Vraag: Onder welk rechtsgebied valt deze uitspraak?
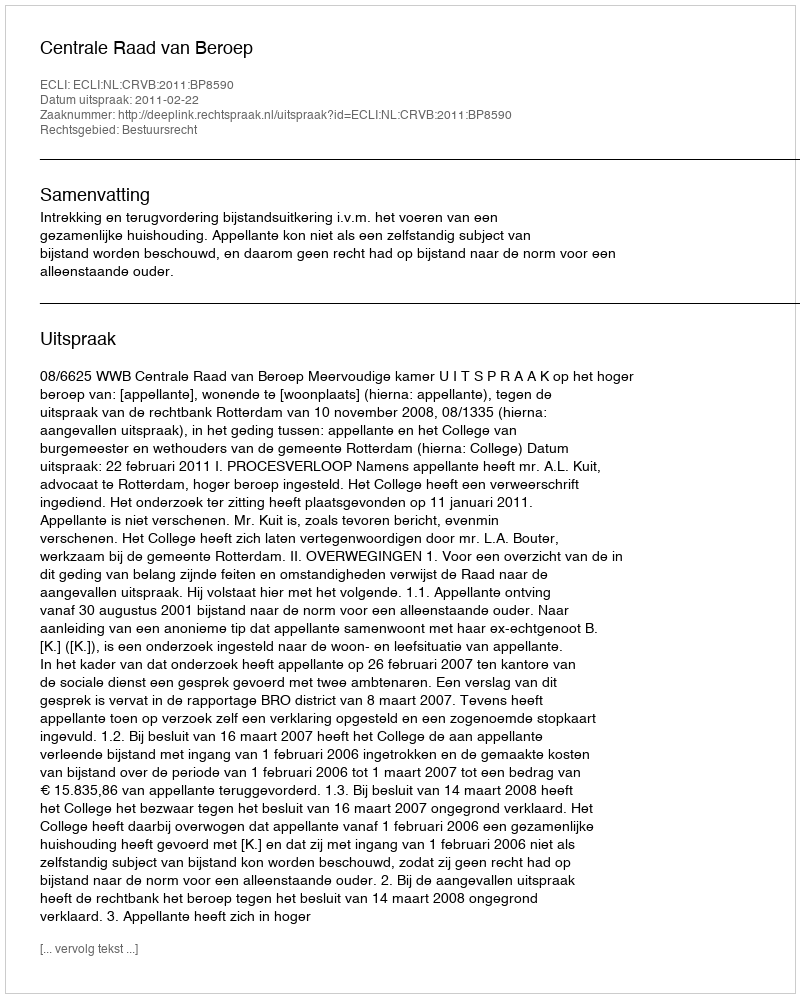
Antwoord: Bestuursrecht